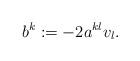
LaTeX: \begin{align*}b^k := -2 a^{kl} v_l.\end{align*}